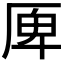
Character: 𠩲